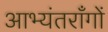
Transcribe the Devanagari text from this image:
आभ्यंतराँगों